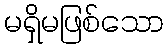
မရှိမဖြစ်သော